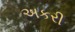
અકરી